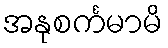
အနုစင်္ကမာမိ